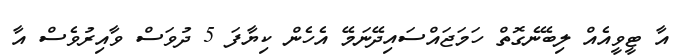
އާ ޓީވީއެއް ލިބޭނެގޮތް ހަމަޖައްސައިދޭނަމޭ އެހެން ކިޔާފަ 5 ދުވަސް ވާއިރުވެސް އާ